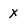
Character: X